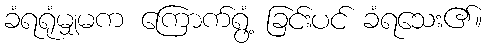
ခံရရုံမျှမက ကြောက်ရွံ့ ခြင်းပင် ခံရသေး၏။